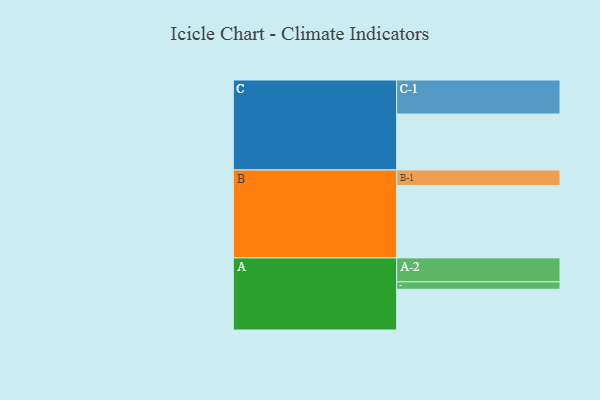
{"axis": {"x": "Segment", "y": "Value"}, "legend": ["", "A", "B", "C"], "data": [{"x": "A", "y": 328, "type": ""}, {"x": "B", "y": 583, "type": ""}, {"x": "C", "y": 451, "type": ""}, {"x": "A-1", "y": 60, "type": "A"}, {"x": "A-2", "y": 193, "type": "A"}, {"x": "B-1", "y": 125, "type": "B"}, {"x": "C-1", "y": 274, "type": "C"}]}